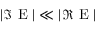
| \Im \mathrm { ~ E ~ } | \ll | \Re \mathrm { ~ E ~ } |